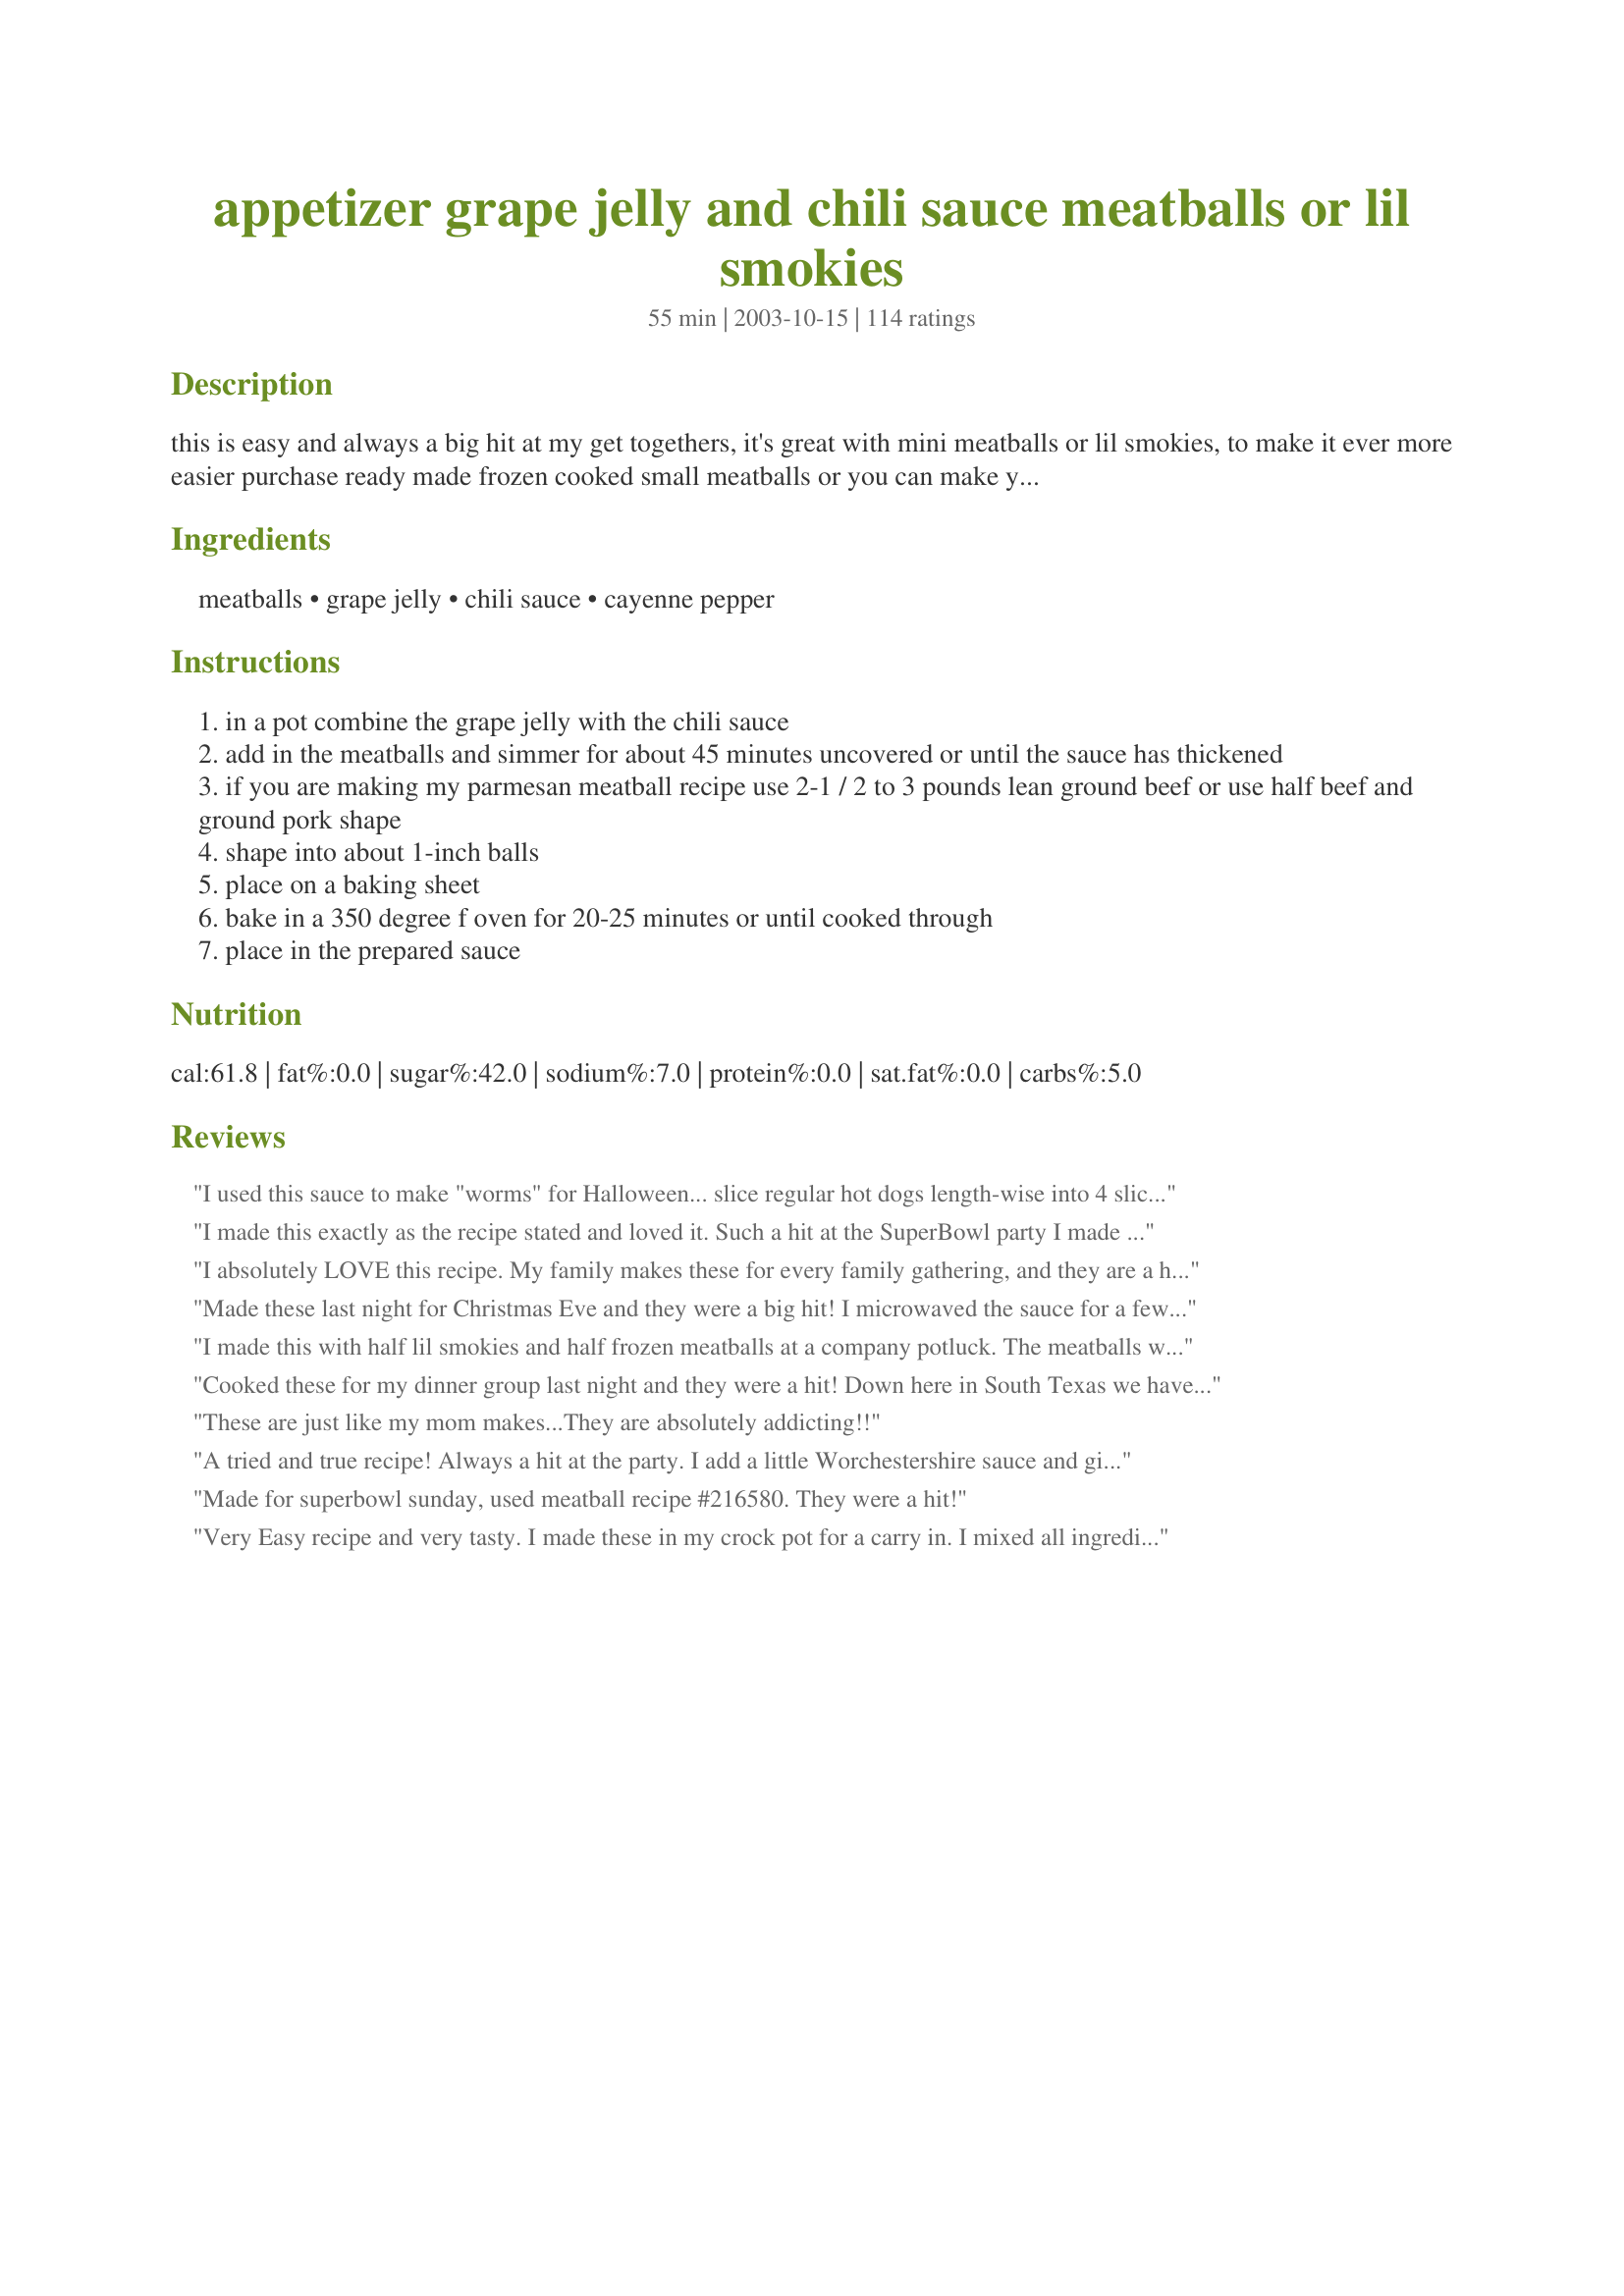
appetizer grape jelly and chili sauce meatballs or lil smokies
Preparation time: 55 minutes

this is easy and always a big hit at my get togethers, it's great with mini meatballs or lil smokies, to make it ever more easier purchase ready made frozen cooked small meatballs or you can make your own and cook them first, i use recipe#69173 see bottom of recipe for baking times --- this is great to take to a potluck :)

Ingredients:
meatballs, grape jelly, chili sauce, cayenne pepper

Steps:
in a pot combine the grape jelly with the chili sauce
add in the meatballs and simmer for about 45 minutes uncovered or until the sauce has thickened
if you are making my parmesan meatball recipe use 2-1 / 2 to 3 pounds lean ground beef or use half beef and ground pork shape
shape into about 1-inch balls
place on a baking sheet
bake in a 350 degree f oven for 20-25 minutes or until cooked through
place in the prepared sauce

Reviews:
I used this sauce to make "worms" for Halloween... slice regular hot dogs length-wise into 4 slices and make tiny cuts sideways along each piece. When you boil them, they will curl up and look like worms!
I made this exactly as the recipe stated and loved it. Such a hit at the SuperBowl party I made them for.
I absolutely LOVE this recipe. My family makes these for every family gathering, and they are a hit! Great for all ages.
Made these last night for Christmas Eve and they were a big hit! I microwaved the sauce for a few minutes until bubbly and then poured over meatballs in a crockpot for 2.5 hours on high. Yum!
I made this with half lil smokies and half frozen meatballs at a company potluck. The meatballs were by far fastest the first to go, and got the most compliments. At one point someone asked me what was in the sauce and the room fell quiet while everyone listened!! I admitted the two ingredients and then laughed like I was kidding; and everyone laughed along with me. It does sound incredulous but it&#039;s actually very good.
Cooked these for my dinner group last night and they were a hit!
Down here in South Texas we have to have a big kick so I added about a cup of sliced jar jalapenos and a lot more than a pinch of cayenne and 1/2 teaspoon of garlic powder.
Everyone loved them!
Thanks Kitten!
These are just like my mom makes...They are absolutely addicting!!
A tried and true recipe! Always a hit at the party. I add a little Worchestershire sauce and ginger then thicken it by mixing some of the sauce with cornstarch, that way the sauce stays with the meatball.
Made for superbowl sunday, used meatball recipe #216580. They were a hit!
Very Easy recipe and very tasty. I made these in my crock pot for a carry in. I mixed all ingredients in the crock pot then I added already prepared meatballs and let it cook on high for 2 hours to heat and meld the ingredients together. Will use again. Thanks a bunch for a wonderful recipe.
Excellent and easy meatball recipe for appetizers or main course. Everyone loves these. I&#039;ve been making them for years -- got the recipe originally from a Betty Crocker recipe book. Nobody believes the sauce only has two ingredients.
Great recipe love the ease to prepare to this one!!! served this at premier jewelry show and guests enjoyed it.
thanks
I don't understand what everyone loves about these. I followed the recipe exactly and they were just OK. They were only even OK b/c I used kittencal's recipe for the meatballs and those came out delicious. I've tried a variation on this that I like a lot; it involves using apricot preserves and some mustard. I just didn't care for this combo.
Hi Kittencal! I posted this same recipe for my Kilbasa recipe #177789. I never thought of using meatballs but will be trying that very soon! Thanks for a great idea.. just changing the meat!
Very easy and very good. I put frozen meatballs in the crockpot and covered with the jelly and chili sauce- then set it on high for 2 1/2 hours.
Awesome!! I first had these years ago and was hooked but this recipe steps it up a knotch with that little somethin' somethin' called cayenne - delish!!
This is a geat no brainer appetizer to make especially during the frenzied time of the holidays. Yay for tasty stress free recipes!
I have made this many times before and I was very happy to find it on Zaar. Thank you for posting.
Not like this recipe needs any more rave reviews, but here's one more. I've been making these for years and they're always a hit. I do the same thing that supernova mentioned ... just throw it all into a crockpot and let it simmer away for the day. Talk about 'set it and forget it' ... it doesn't get any easier than this for a great appetizer
I make these all the time, and they are always a hit! Wonderful taste!
This is one of my favorite dishes!! So easy, simple and yummy!! I always eat this with rice. By the way, if you haven't tried it this way but try using apple jelly or jellied cranberry sauce and it's all so yummy!
YUMMY so simple ans delicious!
I made this for a Thanksgiving appetizer and used little smoked sausages. It was a snap to put it together! The ingredients sound strange but the sauce has a very nice flavor!
These were really good, for the first couple, but too sweet after about 4 or 5 of them. Maybe I'll use less jelly next time.
My aunt does a version of this recipe with currant jelly and ketchup, which I will try sometime, because this one is great! I did use a couple teaspoons of cornstarch to thicken the sauce at the end, and I served this as supper, not an appetizer... Nobody complained!
We've been eating these since I was a young girl (long time ago)
To cut some of the sweetness...I add a jar of pickled jalapenos...sounds weird but really good!!
I also prefer homemade meatballs.
So very good again I used your recipe#69173 (I made 6 pounds of ground beef and pork with your meatball recipe, it's the best) this recipe makes lots, thanks Kit
These were great - I used a mix of cocktail meatballs and smokies in a 5qt slow cooker. We've got leftovers, which is fine with me - I'll serve them over noodles w/ a veggie for dinner tonight. Thanks for a great one, Kitten!
This is the easiest recipe to make if you use pre-made meatballs. So tasty, too! Fabulous for when you need to bring something to a social event but don't have much time-or, if you have a small child who likes to brag that they made it. Thank you for posting such a great appetizer!
You cannot go wrong with this recipe. It's been a family favorite for years and is a big hit at potlucks, company parties, etc. Just throw the ingredients into the crock pot and let her simmer. I use frozen turkey meatballs to make things even easier -- they have a softer texture than beef.
This is something my sister made for the holidays when she lived out here... although the ingredients seem to be an odd combination, it is FANTASTIC!! Whenever I make this, I have to muster up the willpower to not eat the entire batch. Great stuff!
I made this sauce with little smokies.... it was great, but I had a difficult time getting the sauce to thicken, even when I added cornstarch. I left out the spice, but think I would add it next time to give it more of a kick. I think this is a better dish for meatballs, not smokies.
Excellent!!!
I made these for Thanksgiving at my daughters house. Everyone there loved them. They were so easy to make and so good!!
Great for a holiday buffet! I cut the recipe in half and cooked it 5 hours on low in my crockpot. I just put the meatballs in the pot, whisked the chili sauce and jelly together in a bowl and poured it over the top. When they were done I turned the pot down to the "keep warm" setting and served them at an open house. Everyone loved them. It's fun to watch peoples faces when they ask for the recipe and you tell them it's grape jelly and chili sauce!
I have had these lots of times at wedding receptions and parties, but this was my first time making them myself. I followed the recipe exactly, except I made my own meatballs instead of using frozen. It's hard to believe that chili sauce and grape jelly combined make a wonderful sauce, but they do! If you are looking for a great appetizer to bring to a party, this is a winner!
We've been making these for years! You'd never guess it was grape jelly! Lil Smokies are good added with the meatballs! Great recipe :)
I too have used this "recipe" for years. Lil Smokies are our favorite. Thanks for posting!
I tried this using Lil Smokies and apricot/pineapple preserves as that is what I had on hand. I liked these but prefer them cooked with barbeque sauce and crushed pineapple instead. Maybe that's because I didn't use grape jelly as the recipe calls for. They were better the second day.
I made this for a party last weekend, and it was wonderful. Everyone asked me what was in them - I'll definitely make them for our other party next weekend. Thank you!
Oh, Oh, Oh, so good! We used to make these years ago around the holidays to snack on during gift wrapping parties, New Years Eve, and for Super Bowl parties. But sadly, I'd forgotten the ingredients. Thanks for bringing back an old favorite!
Wanted to make an appetizer that my 3-1/2 year old twin granddaughters would like as they LOVE meatballs of any kind. As it turned out everyone loved these, including my son's in-laws from Norway. I made them in advance and threw them in a crockpot to keep warm and they were DELICIOUS! Left out the cayene for the whimpy taste buds but would love to try it spicier in the near future!
Super meatballs. I made them in the crock pot..... on low for about an hour. It was easy to leave them in the crock pot during a get together so they stayed warm.
Made these for a family get together on the 4th of July and did they go over like fireworks!!! I made my own meatballs (cocktail size)....5lbs. worth.....and every single meatball was eaten!! I couldn't have asked for a better outcome!! Thanks, Kittencal!!
Wow these are really good. A lady made these for my son's boy scout Christmas party. I had never made meatballs like this (actually I thought the combination of jelly and chili sauce sounded weird together) but I made these tonight for dinner and everyone loved them. These are so easy to make. I followed the recipe exactly as written, using five pounds of frozen meatballs. I didn't add the optional cayenne pepper. I will be making these more often. Thanks Kit!
I like to make this in the crockpot with the lil' smokie sausages. Its a big hit at parties and potlucks. One of my go-to entertaining recipes! Thanks for posting!
Thank you for this! I was deperately searching for a quick and easy recipe for a sauce to put over my meatballs. This was super quick and easy. I only had one jar of chili sauce, therefore I reduced the amount of grape jelly. I still had plenty of sauce and it was delicious. I will definitely keep extra grape jelly and chili sauce on hand for the future.
The original recipe is called Jelly Meatballs from the Best of Bridge cookbook. It has the addition of brown sugar, lemon juice and a small amount of soya sauce. It also has the recipe for the meatballs which are perfect as they do not overpower the sauce. This is a go to recipe for appie parties and we make the meatballs full size for potlucks. Fav for the guys.
Great recipe, rave reviews all around. I did add 1/2 tsp each minced garlic & crushed peper flakes. I've made it with both the frozen store bought meatballs & the suggested meatballs. It worked well both ways, but the suggested meatballs were greatly preferred. Thanks for posting!
By far the BEST meatballs ever! I leave out the cayenne pepper...they always disappear on game day get-togethers!
FAB! It was delicious and had a bit of a &#039;retro&#039; feel to it! I served them in a bowl with toothpicks...It could not be easier to prepare..45 mins on the stove and then a couple of hours on low in the crockpot.&lt;br/&gt;Thanks!
These are wonderful. I make my own meatballs and bake them before mixing with the thickened sauce. I cook the sauce while the meatballs are baking. As the other reviewer wrote, I also have been making the for quite some tiem. Thanks for sharing.
I made these for a gathering at my home and they were well received. Next time I'll use more cayenne pepper. I would have personally liked it a bit more spicy. Thanks for the recipe.
These were ok, but a little cloyingly sweet for my taste. Perhaps if some additional spice were put in to balance the grape jelly taste.
I really like the flavor of the chili sauce and grape jelly. My kids thought it was ok,(they are just hooked on bbq sauce). But I will make this again as I thought it was much better then just a bottle of bbq. I made these for a get together we were having and used 10 lbs of meatballs and they were ALL gone.....Thank you for another variety for making meatballs. Stephanie
Have been making this for 40 yrs when you couldn&#039;t buy pre-made frozen meatballs. I now buy Rosina Classic 1/2&quot; cooked meatballs. Even though they are cooked, I put them in a 350 degree oven for about 15 mins. to remove additional grease. &lt;br/&gt;I tried making these with the cranberry sauce recipe and they were awful...the cranberry sauce is way too tart! Ended up throwing them out. Stick to this original recipe!
My mom has been making this recipe for years!!It's fantastic!
Made these tonight in slow cooker. They are delicious! Easy to make too. I added just a pinch of cayenne pepper to give them a bit of &#039;zip&#039; .
I made these the other night to take to my Mom's memory care unit at the local nursing home. I used to make them in the crockpot but I wanted something quicker and this was it! The only bad thing that I did was use frozen meatballs (Mama Lucia's mini meatballs) that I purchased at my local grocery store. I will never do that again because my meatball recipe is similar to Kitten's and they taste SO much better than the frozen kind. Since I had room in the pot, I also added 2 pkgs. Wilshire Farms little beef cocktail wieners. This brand was terrible! I will use Armor brand in the future. Everything came out fantastically using this method, but I was really disappointed with myself for not making my own meatballs and using Wilshire Farms little smokies.
I had a catering business in the early 2000's and this was the meatball recipe I would use and everybody loved them. I also changed up sometimes and used a homemade barbecue sauce. I usually added a tsp or so of crushed red pepper to give the meatballs a slight kick. This recipe has been around for a long time, but it is stil just as good as ever.
i was skeptical because i don't like really really sweet anything...but im glad i tried these! i only had about 2 lbs of meatballs so there was a lot of extra sauce, but we werent complaining. i'll definately make these buggers again. i used frozen meatballs for this recipe, but next time i'll definately make my own meatballs because there was no comparison. for a quick && easy meal or appetizer, this is my new go to recipe.
A little sweet for my taste, but the family quite liked them. Quite an easy recipe to follow and will make again.
I have been making these for a long time and they are always a big hit! I just never thought to post the recipe. I also use this sauce recipe using Lil' Smokies and that is a hit too. Thanks for posting this recipe!
i had these years ago at a Compant cocktail party. My bosses' wife made them. I love them.
I wasn't a fan of these. They came out way too sweet for my tastes.
Great appy- thanks for posting- we have not made in years- have to make this soon- so easy and yummy !
These were fine for a New Year's Party, but rather too sweet for our tastes. I discovered that we prefer a savory meatball.
These are the best meatballs - every time I make them - they are a hit with everyone.
So yummy! My husband would like if I served this for dinner :) I made a batch to bring to a party and before we left the house he had eaten them all!
My family has made these for years. Instead of meatballs, try little cocktail weiners.
I have been using this recipe for years and everyone has always LOVED it.. I actually am ask to make it so often that I am getting burned out on them when I never thought I would. They are just so yummy and so easy you can't beat it.
great recipe for appetizers, i also like to just throw everything together in my crockpot and let it cook slowly all day, thanks kittencal.
Pretty good. I had never made these before, but have had them many times at get-togethers. Only thing I didn't like was that the sauce didn't stick well to the meatballs. I also used my crock-pot to keep them warm throughout the party.
I made these for my daughter's birthday party. No one could believe the combination of grape jelly and chili sauce created such a delicious meatball. These are so easy to make and make a hearty appetizer.
I made this for a party. Very easy to make and very good. Thanks for submitting.
I'm not really a meatball person, but I'd decided that for our most recent bbq I was going to try to make things easy on myself with super easy recipes. This one was a huge hit! I could only find "italian seasoned" meatballs and thought that might change the flavor, but it wasn't noticeable. I personally would have preferred it a bit spicy, but because there were lots of children I chose to skip the cayenne altogether (sniff). They were still great, though, and I plan on keeping these ingredients on hand for those lazy nights when I don't want to cook. Kittencal, you seriously rock!
I buy frozen meatballs and use chili sauce and raspberry chipotle sauce for the grape jelly. I throw it all in my crockpot in the morning and it turns into a fabulous, easy appetizer!
Excellent! I made a couple additions - added 1/2 tsp garlic powder, & 1 Tbs lemon juice to the sauce. Put it in the crockpot for 2 1/2 hours on high.

Everyone loves this recipe.
These were very good. I made them in the crockpot and the longer they cooked, the better the sauce got. The sauce really didn't stick to the meatballs very well. I used recipe #69173 for the meatballs and they were very good. This is a tad on the sweet side for us. I added about 2 tsp of red pepper flakes to the sauce to spice it up some. Thanks Kitz :)
What a quick and easy sauce for meatballs! I had a potluck to go to and the sauce was a breeze to whip up. I added some chili pepper flakes because even though I followed the directions to a 'T', it seemed to have an overpowering grape/sweet taste. Once I tossed in a few sprinkles of chili pepper flakes, it zipped it right up with a nice bite, but not too hot. I also added a dash of cayenne using my drop/dash/pinch/tad measuring spoons. I made Recipe #69173 to go with this. All in all, very good and I will make again.
Liked them.
Delicious !! Made this today for a small crowd of co-workers.. Everyone asked for the recipe. and it was requested that I bring this dish to a Luncheon in 2 weeks... So simple and so delicious... I made one small addition, half jar of fresh mild salsa dip and a tiny bit more cayannne pepper .... gave it a liitle mild bite ....definately will make over and over.
It wouldn't be grape jelly and chili sauce meat balls if I used cranberries.
I'm not giving any stars for this recipe because I noticed just how much jelly and how much brown sugar was in the recipe for chili sauce #52689 and I altered it to suit us. That being said, I'm hoping that people like us, that don't desire the sooo sweet taste, will take a suggestion when they see that I gave no stars. I added bbq sauce, cut back the jelly and added more cayenne. I don't know the quantity...it was add a bit, taste, add a bit, taste until I reached my own personal preference... which was a bit of sweetness, a bit of tanginess, and that afterburn of cayenne. I made Kittencal's Italian Melt-In-Your-Mouth Meatballs (which are wonderful) along with Lil Smokies and they are great. If I were a fan of such sweetness.....5 stars all the way.
positively the best sauce around- also good with tobasco instead of chili sauce, but either way- try this one! I don't do the pinch of cayenne, and always use this on little smokies- just toss 'em in a crock pot!
We had this at our wedding reception, and we got lots of great comments. Thanks!
My work & I loved them very simple tastes great!
This is a wonderful recipe that I have used for years. I have used Meatballs, Little Smokies and sliced Kielbasa , only thing I added is 1 cup Wild Turkey Bourbon but be aware that you need to keep the underage kiddies away from this pot.
Very good! Thanks for the recipe! I used my croc pot and had them in for 3 hours on high.
A tried and true favorite that everyone loved. A definate keeper.
Love this recipe!!!! My friends/family all looked at me funny when I told them the ingredients but it was a winner at our holiday gatherings. I followed the recipe exactly and used a mixture of meatballs and sausages.
I have been making these for years. My Aunt gave me the Recipe. Always a big hit at parties. This is an appetizer not an man meat dish. I don't add the pepper and It's very good. I use Armour meatballs found in the frozen meat section of your grocery store. 32 oz jar of Grape Jelly or any jelly really will do.. some use cranberry sauce. And two jars of chili sauce to one 5 pound bag of meatballs is perfect. Will make about 160 meatballs.
Great recipe. I bought jam instead of jelly on accident, but the recipe still turned out fine (and I made both the meatballs and aded lil smokies).
I made this using Chili Sauce recipe 52689. Turned out really good, and best of all, it was quick and easy. I'll be maing this again for sure. Thanks for posting.
This was great with Kittencal's outstanding "Famous Italian Melt-in-Your-Mouth Meatballs". The prep for this sauce could not be any easier. I blended the jelly, chili sauce, & cayenne pepper together in my crockpot with my immersion blender, added the frozen meatballs, turned the crockpot on high, and served about 3-4 hours later. They went fast! Thanks, Kittencal!
These are absolutely the best! I have made them for a wedding shower, a baby shower, and for the church. Everyone loves them and they are SUPER easy to make! Thanks kittencal!!
I made this today for my holiday celebration. People really enjoyed them. I followed the recipe exactly as posted. I did put the chili sauce and grape jelly in a bowl and microwave it for about 3 minutes and took a wisk and mixed it. I put all the meatballs in my 6 quart Nesco and pourd the sauce over it and let it cook for 4-5 hours. Thank you for sharing your recipe.
What a great and easy recipe! Made it for a party tonight. It was a big hit. Thanks so much!!
I can't believe I'd never made these until tonight! Very, very good & so easy!
I used Trader Joe's frozen meatballs (little over 1lb package) so I just cut the sauce portion in half & it was perfect - enough yummy sweet/tangy sauce for some noodles! Even got a thumbs up from my choosey 4 year old. Thanks!
These meatballs were OK, in my opinion they were too sweet.
These are so easy and good. I just throw all of it in the crock pot, stir a couple of times and in a few hours it is ready. The last party I took these to, it was the first thing gone!
I have been making this recipe for years and it is always a big hit with any crowd! I stock up on chili sauce when I see it on sale so I always have it on hand to make for parties. I also make this in my crockpot with out the pepper.
My mom gave me a recipe very similiar to this, but it has lemon in it which cuts some of the sweetness. Makes it more sweet and sour. I think about a tablespoon per pound of meat.<br/>Delicious
I did this recipe, but in a crock pot for 4 hours on low.
My DM used to make these. We called them "Minnie's meatballs" and she used to serve them all the time. Thanks for the reminder of an old favorite!!
I made using meatballs I bought at BJ's, and they were great! Everyone loved them, and as always pigged out! This sauce has a little bite from the cayenne, giving it a little bit of an edge over the standard recipe for this, and one that everyone seemed to love! The crock pot was much lighter going home then when I carried it in! Thanks for sharing with us!
I needed a quick easy dinner and we just loved this. To make it more meal-like I served it over white rice- then it's just like good ol' fashioned comfort food!
What a crowd pleaser! Had a small get together and everyone loved these little morsels and asked for the recipe. Thanks for submitting.
I have made these for years, and they are SO GOOD! Always the first appetizer to go. Don't tell anyone what's in it though, they freak out, and make icky faces, but when they try it, I always get a "WOW, these ARE good!". Just TRY IT YOURSELF
Excellent recipe! A friend of mine made these for a bridal shower and when she told me what was in them I nearly died!!! My cousin was just married and I used this recipe to make meatballs for her Wedding reception! I tripled it and had enough to for 65 people. It is really really easy! And tastes great! Thanks so much from me and my cousin!
I made half a recipe for 1 lb. of Smokies. Loved the flavor and so quick to do. DH loved them with a sour cream and onion chip.
I made this for a holiday party and it was the first thing gone. That might have been because my kids ate about 1/2 of it before I even got to the party! I added some barbecue sauce too. It was very good!
I&#039;ve been using the recipe for two years now - it is a crowd pleaser! I make it for football Sundays and everyone loves them! This is a large amount to make so be ready for some leftovers. Thank you!
Perfect! It was just what I was looking for. I used a 3 lb bag of meatballs and halved the jelly & chili sauce. Everyone loved them! Yummm!
